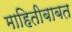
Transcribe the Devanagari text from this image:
माहितीबाबत